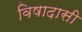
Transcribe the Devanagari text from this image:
विषादासी